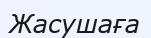
Жасушаға